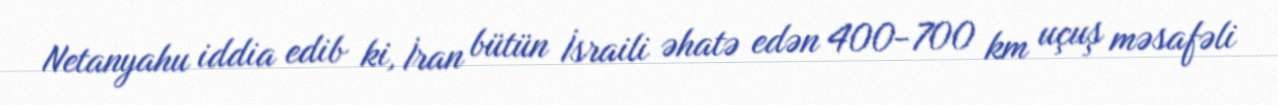
Netanyahu iddia edib ki, İran bütün İsraili əhatə edən 400-700 km uçuş məsafəli